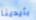
بأيدينا